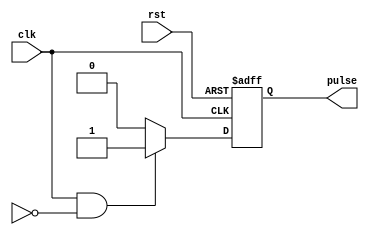
module falling_edge_pulse_generator (
    input wire clk,
    input wire rst,
    output reg pulse
);

parameter PULSE_WIDTH = 1; // default pulse width of 1 clock cycle

always @ (posedge clk or negedge rst) begin
    if (!rst) begin
        pulse <= 0;
    end else begin
        if (clk && !prev_clk) begin
            pulse <= 1;
        end else begin
            pulse <= 0;
        end
    end
end

endmodule